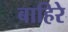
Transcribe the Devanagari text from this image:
बाहिरे